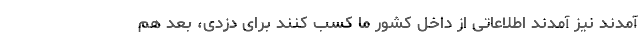
آمدند نیز آمدند اطلاعاتی از داخل کشور ما کسب کنند برای دزدی، بعد هم